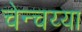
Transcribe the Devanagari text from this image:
चेन्चय्या